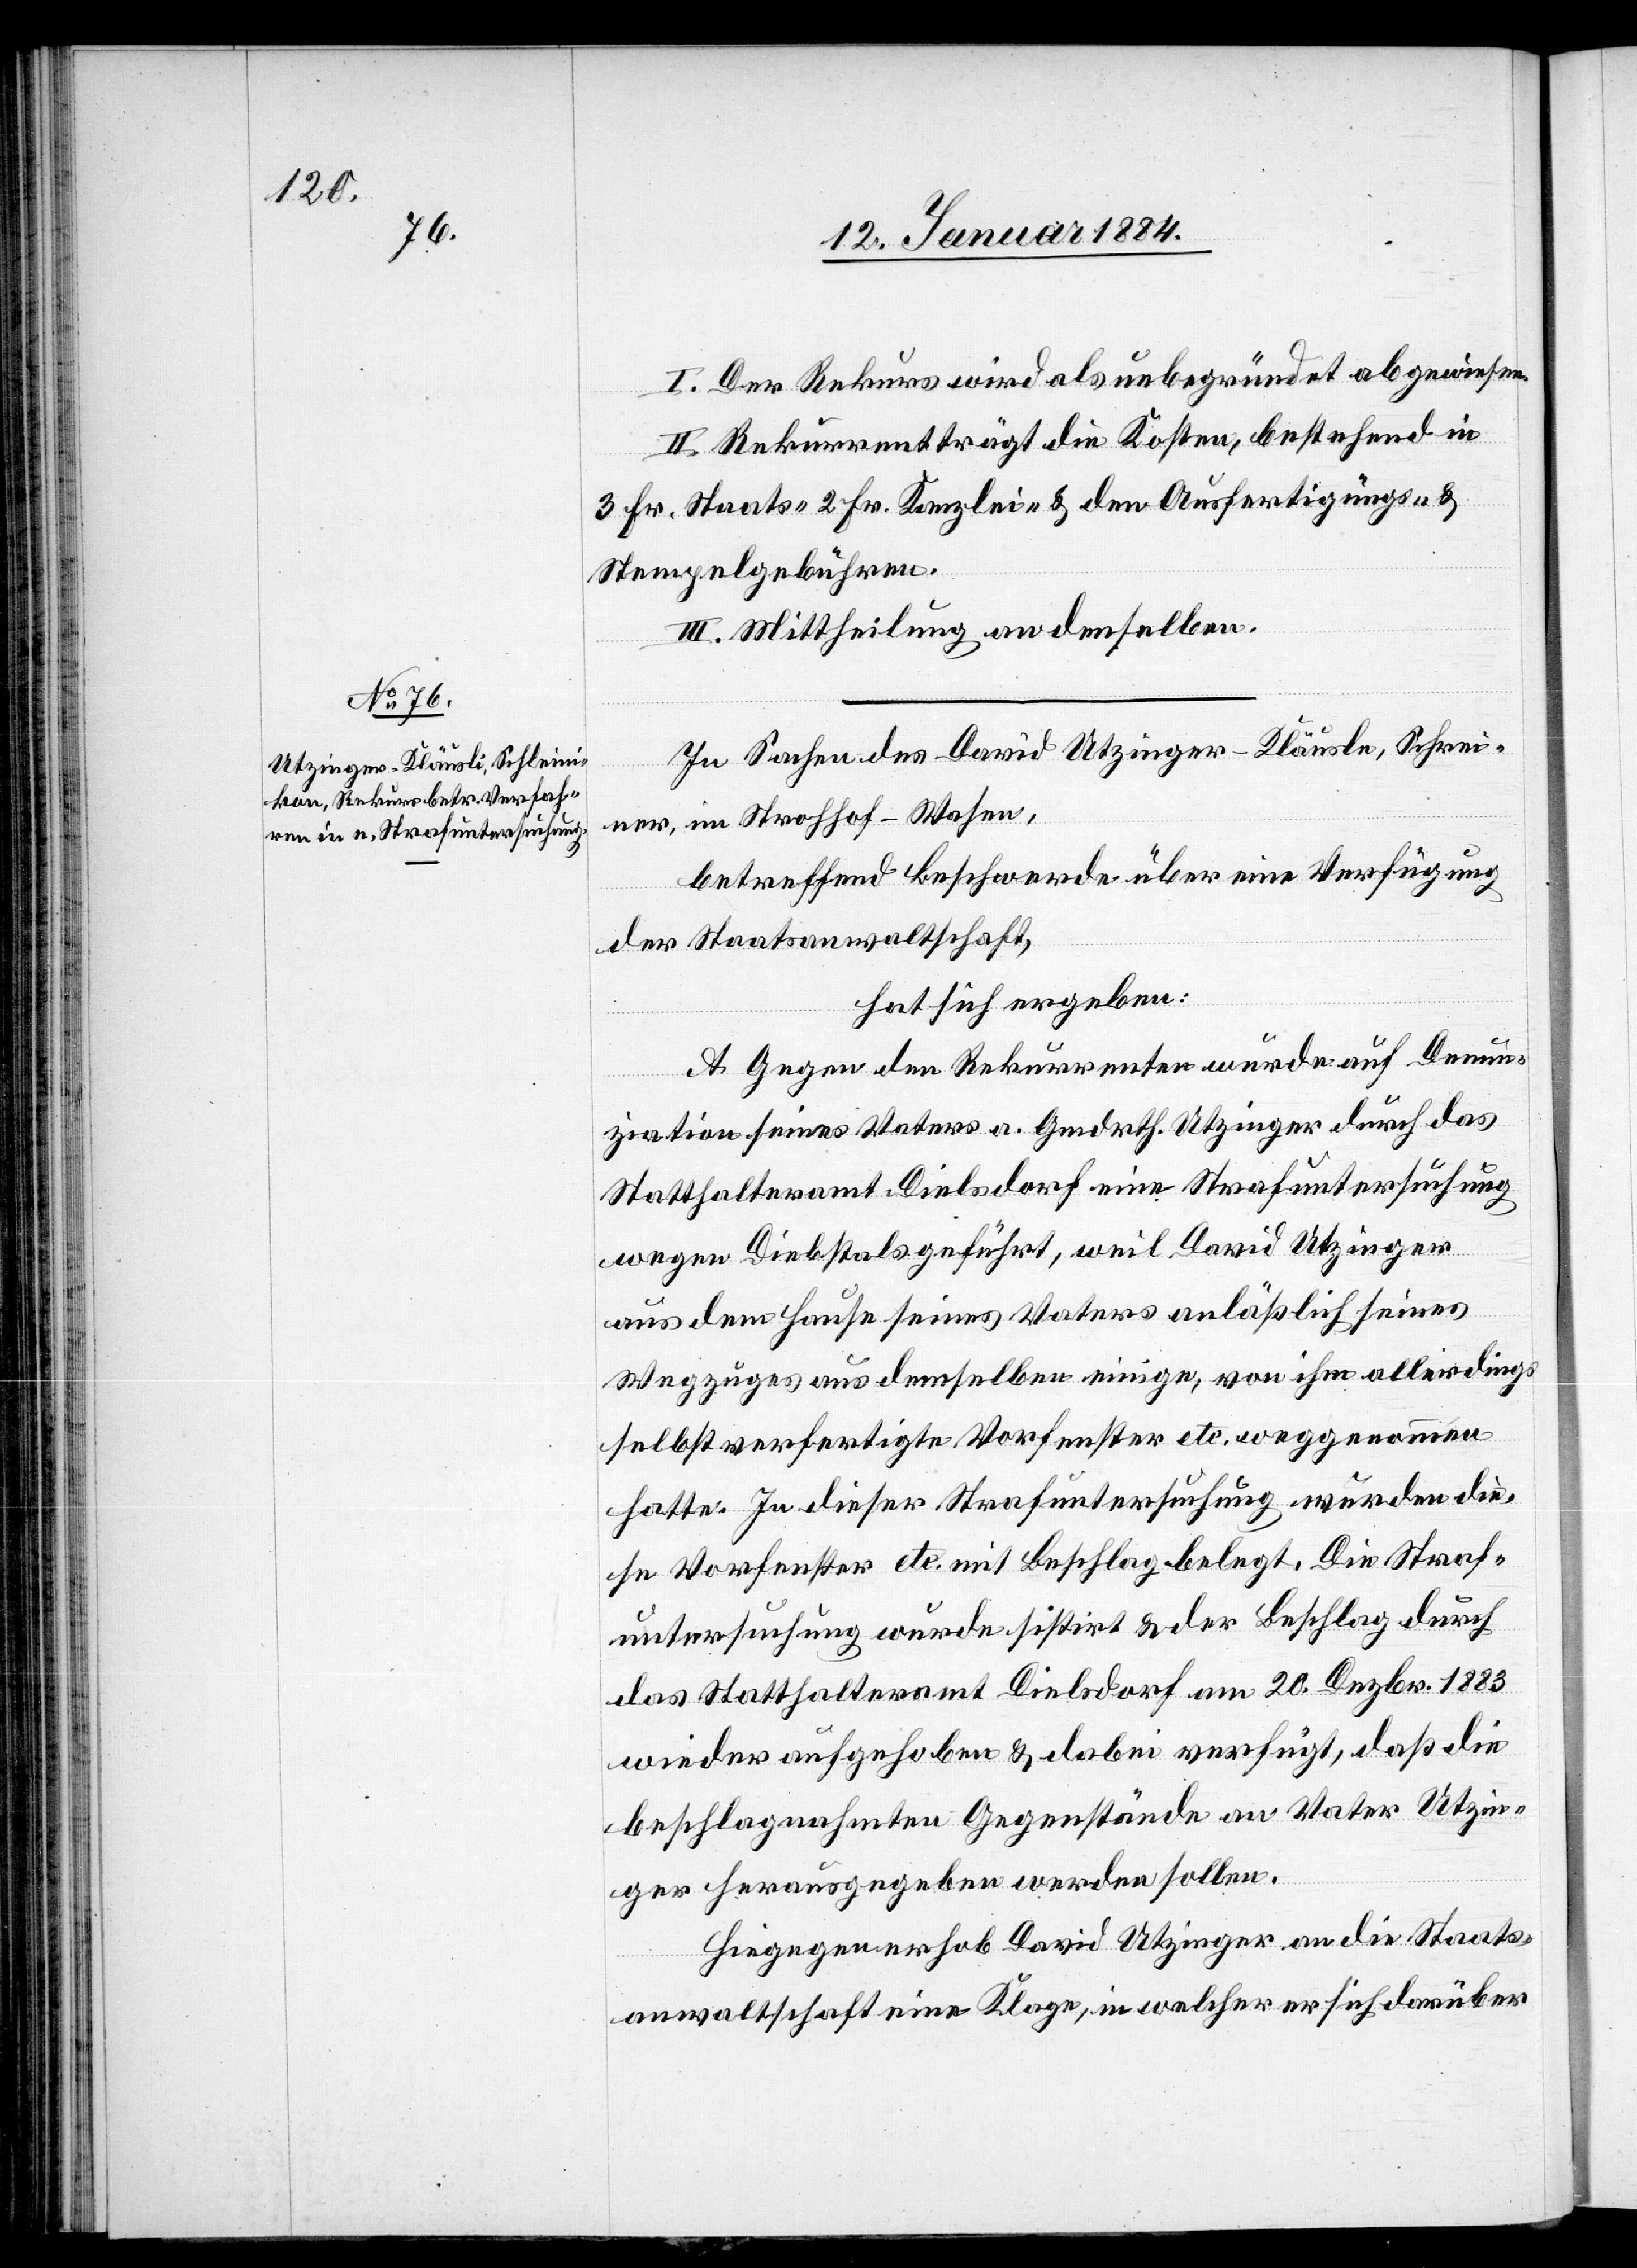
I. Der Rekurs wird als unbegründet abgewiesen.
II. Rekurrent trägt die Kosten, bestehend in
3 Fr. Staats-, 2 Fr. Kanzlei- & den Ausfertigungs- &
Stempelgebühren.
III. Mittheilung an denselben.
In Sachen David Utzinger-Kläusle, Schrei¬
ner in Strohhof - Wasen,
betreffend Beschwerde über eine Verfügung
der Staatsanwaltshaft,
hat sich ergeben:
A. Gegen den Rekurrenten wurde auf Denun¬
ziation seines Vaters a. Gmdrth. Utzinger durch das
Statthalteramt Dielsdorf eine Strafuntersuchung
wegen Diebstahls geführt, weil David Utzinger
aus dem Hause seines Vaters anläßlich seines
Wegzuges aus demselben einige, von ihm allerdings
selbst verfertigte Vorfenster etc. weggenommen
hat. In dieser Strafuntersuchung wurden die¬
se Vorfenster etc. mit Beschlag belegt. Die Straf¬
untersuchung wurde sistirt & der Beschlag durch
das Statthalteramt Dielsdorf am 20. Dezbr. 1883
wieder aufgehoben & dabei verfügt, daß die
beschlagnahmten Gegenstände an Vater Utzin¬
ger herausgegeben werden sollen.
Hiergegen erhob David Utzinger an die Staats¬
anwaltschaft eine Klage, in welcher er sich darüber